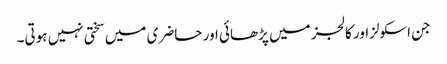
جن اسکولزاور کالجز میں پڑھائی اور حاضری میں سختی نہیں ہوتی۔